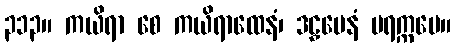
၃၁၃။ ကယိရာ စေ ကယိရာထေနံ၊ ဒဠှမေနံ ပရက္ကမေ။